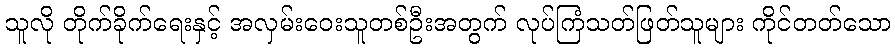
သူလို တိုက်ခိုက်ရေးနှင့် အလှမ်းဝေးသူတစ်ဦးအတွက် လုပ်ကြံသတ်ဖြတ်သူများ ကိုင်တတ်သော